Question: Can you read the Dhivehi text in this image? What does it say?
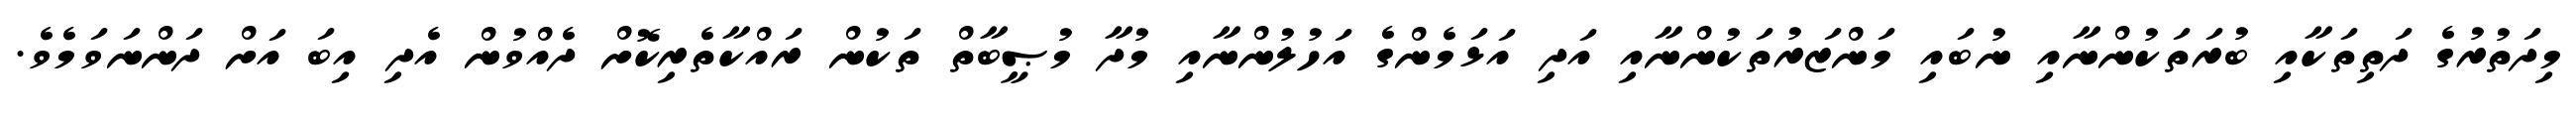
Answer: މިދަތުރުގެ ދަތިތަކާއި ބުރަތަކުންނާއި ނުބައި މަންޒަރުތަކުންނާއި އަދި އަޅަމެންގެ އަހުލުންނާއި މުދާ މުޞީބާތް ތަކުން ރައްކާތެރިކޮށް ދެއްވުން އެދި އިބަ އަށް ދަންނަވަމެވެ.